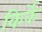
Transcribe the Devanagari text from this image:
किर्के